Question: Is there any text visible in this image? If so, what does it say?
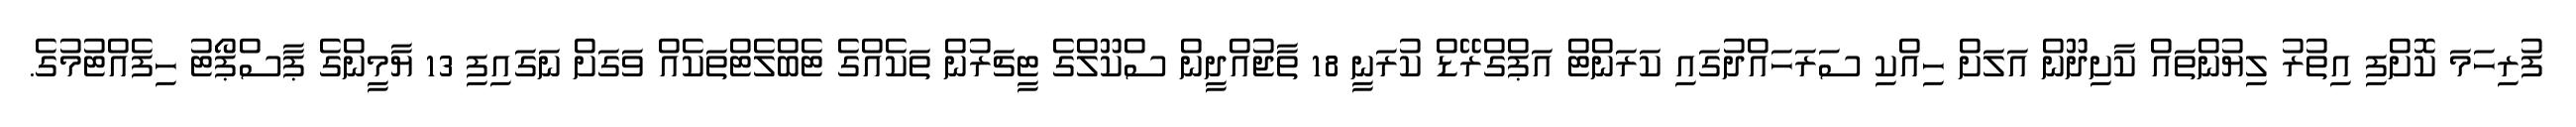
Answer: ފުރިހަމަ ކޮށްފި އިތުރު ލިޔުންތައް ކާށިދޫން އަލަށް ހިއްކި ސަރަހައްދުގައި ކަރަންޓް އަޕްގްރޭޑް ކުރަނީ 18 ތާޖުއްދީން ސްކޫލްގެ ޓީޗަރުން ތަކެއްގެ ޓެބްލެޓްތަކެއް ވަގަށް ނަގައިފި 13 ޔާމީންގެ ޕާސްޕޯޓު ހިފެއްޓުމުގެ.